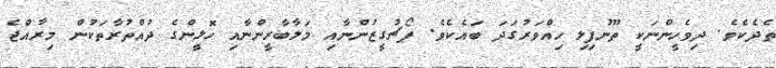
ތެދެކެވެ. ދިވެހީންނަކީ ތޫނުފިލި ހިއްވަރުގަދަ ބައެކެވެ. ޕޯޗުގީޒުންނާއި މަލާބާރީންނާއި ހޮޅީންގެ ދުއްތުރާތަކުން މިރާއްޖެ